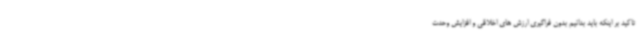
تاکید بر اینکه باید بدانیم بدون فراگیری ارزش های اخلاقی و افزایش وحدت